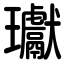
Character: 瓛